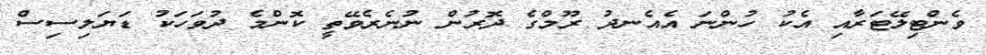
ވެންޓިލޭޓަރާއި އެކު ހުންނަ އެއެނދު ރޫމްގެ ދޮރުން ނުނެރެވޭތީ ކޮންމެ ދުވަހަކު ޑަޔަލިސިސް